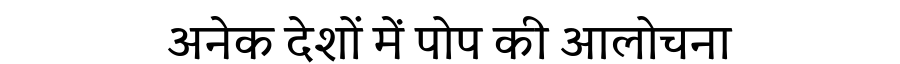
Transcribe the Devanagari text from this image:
अनेक देशों में पोप की आलोचना